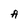
Character: A